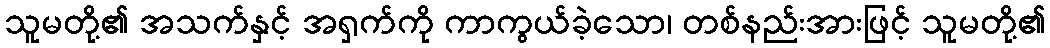
သူမတို့၏ အသက်နှင့် အရှက်ကို ကာကွယ်ခဲ့သော၊ တစ်နည်းအားဖြင့် သူမတို့၏